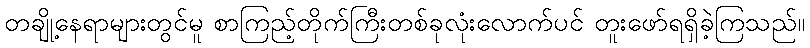
တချို့နေရာများတွင်မူ စာကြည့်တိုက်ကြီးတစ်ခုလုံးလောက်ပင် တူးဖော်ရရှိခဲ့ကြသည်။